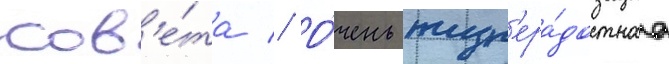
сов'е́та // О́чень жизн'ера́достнаа